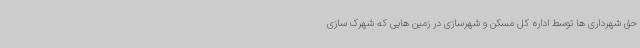
حق شهرداری ها توسط اداره کل مسکن و شهرسازی در زمین هایی که شهرک سازی